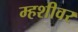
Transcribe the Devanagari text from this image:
म्हशीवर